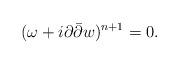
LaTeX: \begin{align*}(\omega+i\partial\bar\partial w)^{n+1}=0.\end{align*}